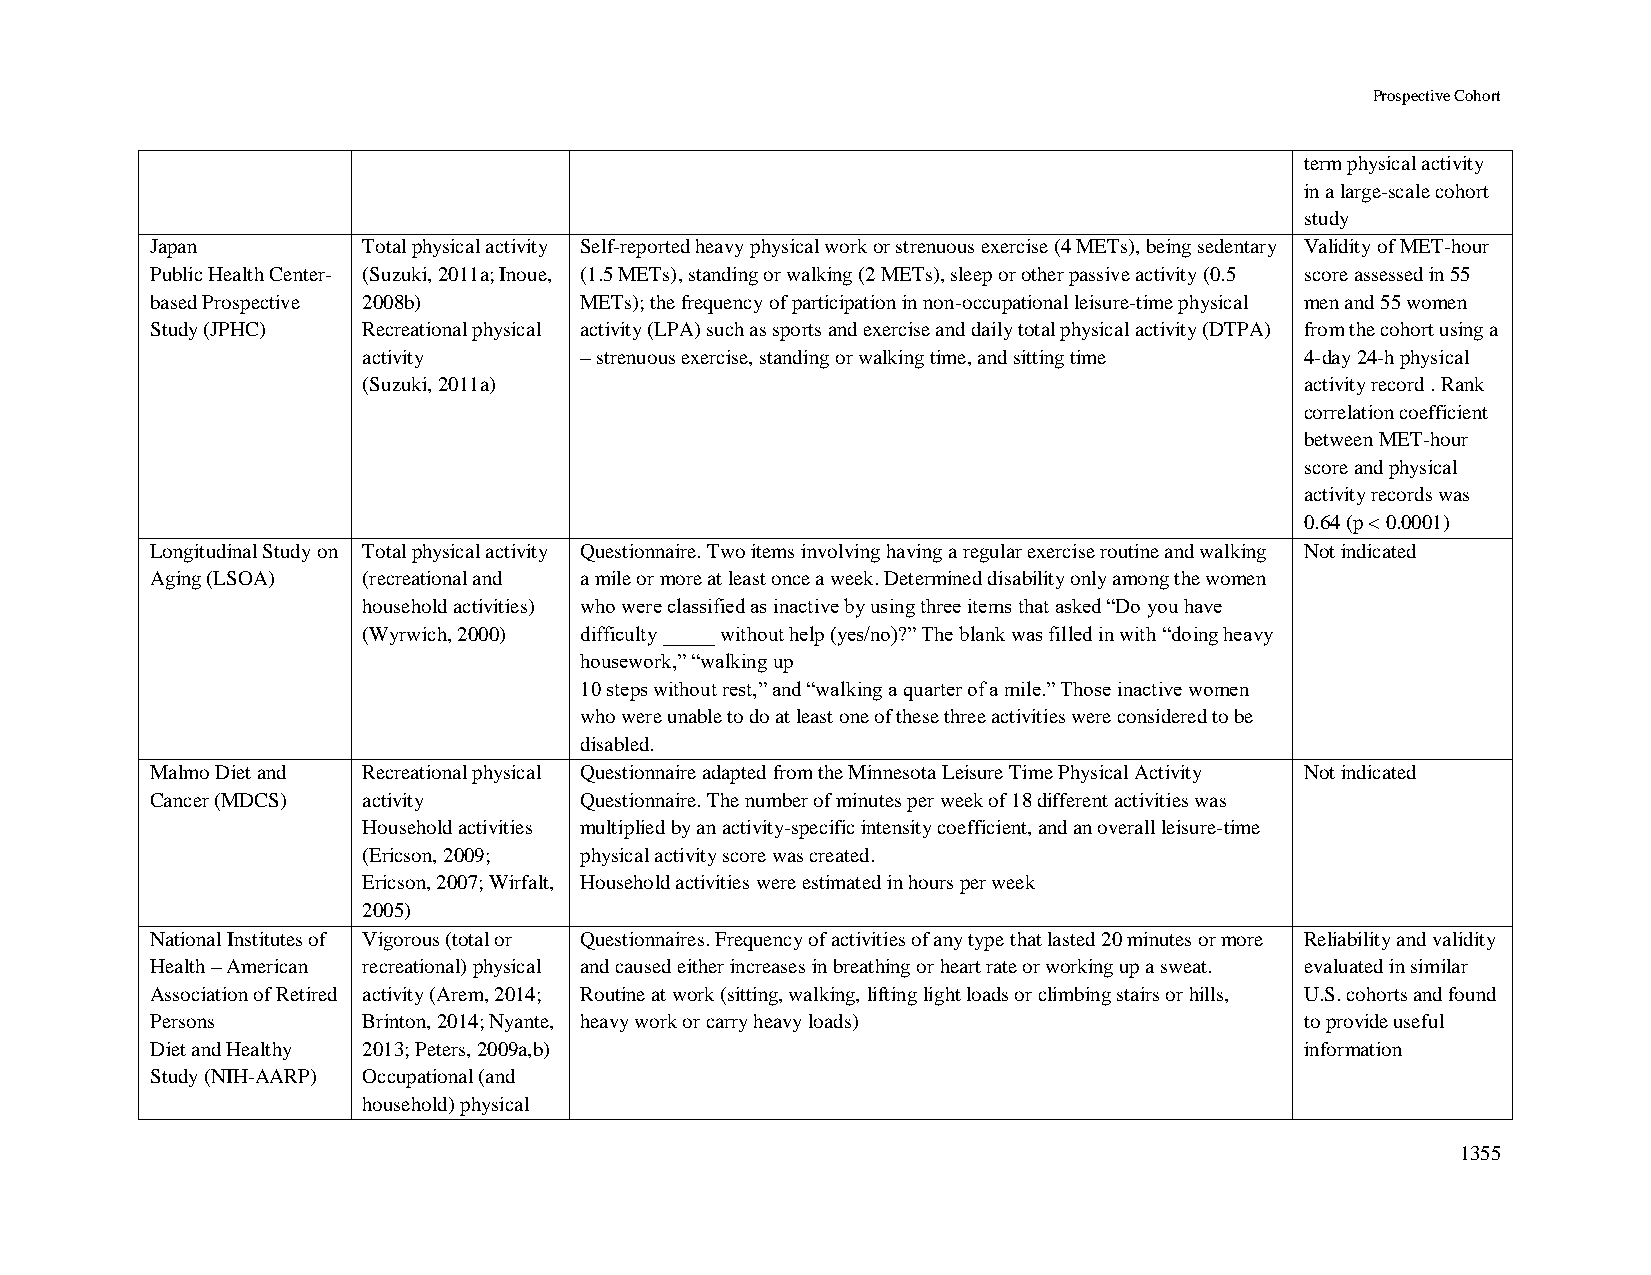
Prospective Cohort
 term physical activity
 in a large-scale cohort
 study
 Japan         Total physical activity Self-reported heavy physical work or strenuous exercise (4 METs), being sedentary Validity of MET-hour
 Public Health Center- (Suzuki, 2011a; Inoue, (1.5 METs), standing or walking (2 METs), sleep or other passive activity (0.5 score assessed in 55
 based Prospective 2008b)    METs); the frequency of participation in non-occupational leisure-time physical men and 55 women
 Study (JPHC)  Recreational physical activity (LPA) such as sports and exercise and daily total physical activity (DTPA) from the cohort using a
 activity      – strenuous exercise, standing or walking time, and sitting time 4-day 24-h physical
 (Suzuki, 2011a)                                               activity record . Rank
 correlation coefficient
 between MET-hour
 score and physical
 activity records was
 0.64 (p < 0.0001)
 Longitudinal Study on Total physical activity Questionnaire. Two items involving having a regular exercise routine and walking Not indicated
 Aging (LSOA)  (recreational and a mile or more at least once a week. Determined disability only among the women
 household activities) who were classified as inactive by using three items that asked “Do you have
 (Wyrwich, 2000) difficulty _____ without help (yes/no)?” The blank was filled in with “doing heavy
 housework,” “walking up
 10 steps without rest,” and “walking a quarter of a mile.” Those inactive women
 who were unable to do at least one of these three activities were considered to be
 disabled.
 Malmo Diet and Recreational physical Questionnaire adapted from the Minnesota Leisure Time Physical Activity Not indicated
 Cancer (MDCS) activity      Questionnaire. The number of minutes per week of 18 different activities was
 Household activities multiplied by an activity-specific intensity coefficient, and an overall leisure-time
 (Ericson, 2009; physical activity score was created.
 Ericson, 2007; Wirfalt, Household activities were estimated in hours per week
 2005)
 National Institutes of Vigorous (total or Questionnaires. Frequency of activities of any type that lasted 20 minutes or more Reliability and validity
 Health – American recreational) physical and caused either increases in breathing or heart rate or working up a sweat. evaluated in similar
 Association of Retired activity (Arem, 2014; Routine at work (sitting, walking, lifting light loads or climbing stairs or hills, U.S. cohorts and found
 Persons       Brinton, 2014; Nyante, heavy work or carry heavy loads)       to provide useful
 Diet and Healthy 2013; Peters, 2009a,b)                                     information
 Study (NIH-AARP) Occupational (and
 household) physical
 1355